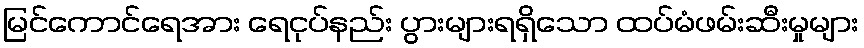
မြင်ကောင်ရေအား ရေငုပ်နည်း ပွားများရရှိသော ထပ်မံဖမ်းဆီးမှုများ